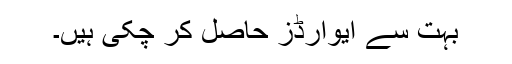
بہت سے ایوارڈز حاصل کر چکی ہیں۔